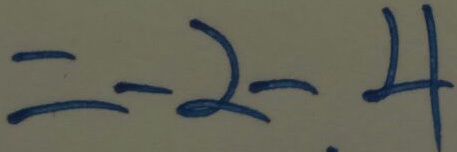
= - 2 - 4